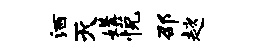
洒灭媾悦邵趑